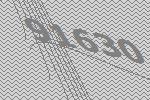
91630